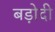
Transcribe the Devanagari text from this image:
बड़ोदी